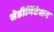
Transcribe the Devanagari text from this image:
सेडीमिंटेशन